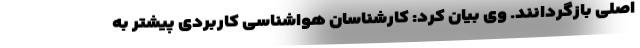
اصلی بازگردانند. وی بیان کرد: کارشناسان هواشناسی کاربردی پیشتر به